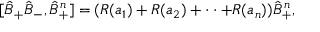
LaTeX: [ \hat { B } _ { + } \hat { B } _ { - } , \hat { B } _ { + } ^ { n } ] = ( R ( a _ { 1 } ) + R ( a _ { 2 } ) + \cdot \cdot + R ( a _ { n } ) ) \hat { B } _ { + } ^ { n } ,